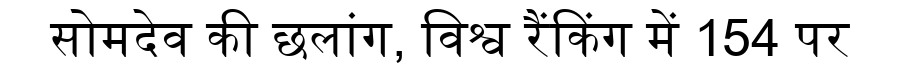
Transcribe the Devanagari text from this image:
सोमदेव की छलांग, विश्व रैंकिंग में 154 पर